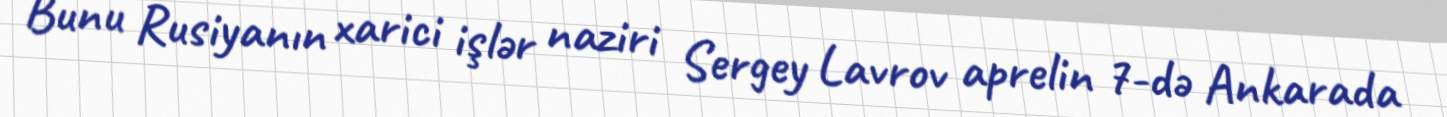
Bunu Rusiyanın xarici işlər naziri Sergey Lavrov aprelin 7-də Ankarada